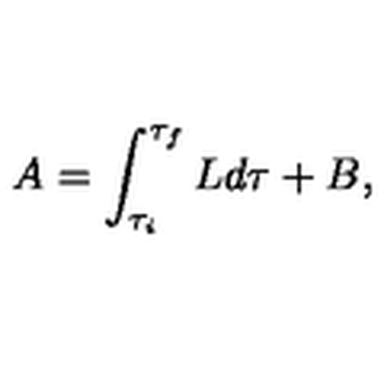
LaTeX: A = \int _ { \tau _ { i } } ^ { \tau _ { f } } L d \tau + B ,